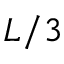
L / 3